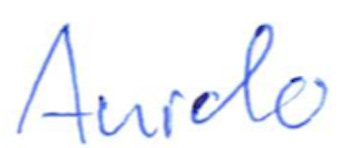
Text: Audio
Cross-out: clean
Writing tool: ballpoint